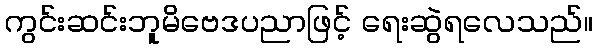
ကွင်းဆင်းဘူမိဗေဒပညာဖြင့် ရေးဆွဲရလေသည်။